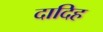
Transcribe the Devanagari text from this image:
दादिह